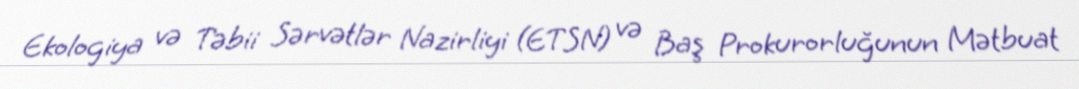
Ekologiya və Təbii Sərvətlər Nazirliyi (ETSN) və Baş Prokurorluğunun Mətbuat